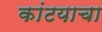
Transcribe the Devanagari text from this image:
कांटयाचा